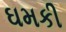
ઘમકી